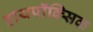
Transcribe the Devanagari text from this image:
हायपॉक्सिक